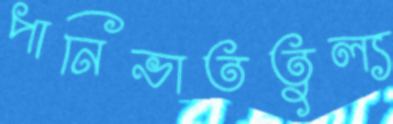
পানিভাততুল্য